Annual administration and progress report of the Indian Medical Department, Bombay
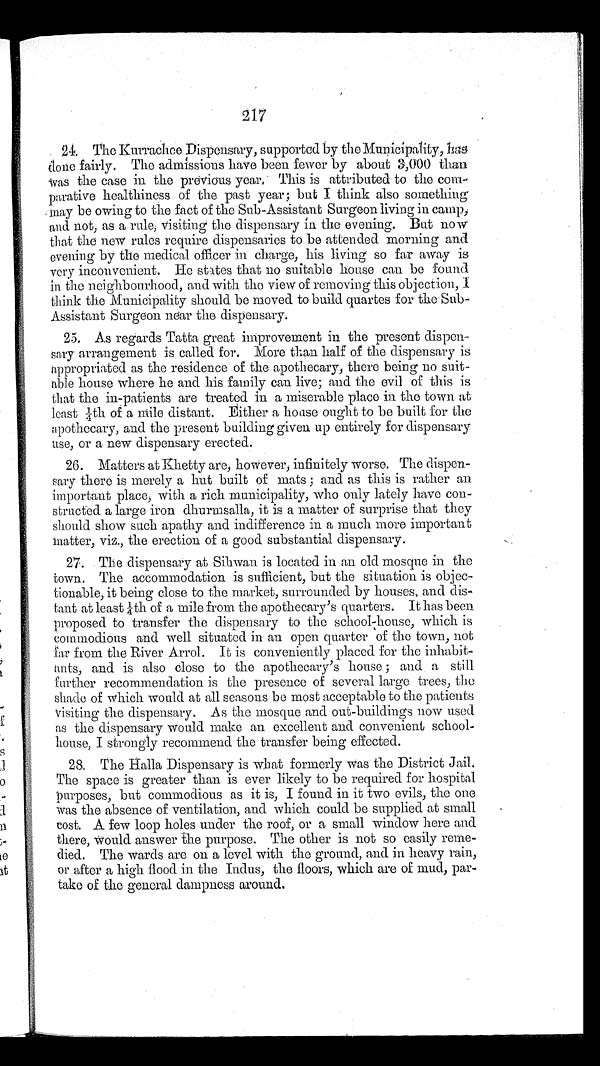
217
24. The Kurrachee Dispensary, supported by the Municipality, has
done fairly. The admissions have been fewer by about 3,000 than
was the case in the previous year. This is attributed to the com--
parative healthiness of the past year ; but I think also something
may be owing to the fact of the Sub-Assistant Surgeon living in camp,
and not, as a rule, visiting the dispensary in the evening. But now
that the new rules require dispensaries to be attended morning and
evening by the medical officer in charge, his living so far away is
very inconvenient. He states that no suitable house can be found
in the neighbourhood, and with the view of removing this objection,
I think the Municipality should be moved to build quartes for the Sub
-Assistant Surgeon near the dispensary.
25. As regards Tatta great improvement in the present dispen--
sary arrangement is called for. More than half of the dispensary is
appropriated as the residence of the apothecary, there being no suit--
able house where he and his family can live ; and the evil of this is
that the in-patients are treated in a miserable place in the town at
least 1/4th of a mile distant. Either a house ought to be built for the
apothecary, and the present building given up entirely for dispensary
use, or a new dispensary erected.
26. Matters at Khetty are, however, infinitely worse. The dispen--
sary there is merely a hut built of mats ; and as this is rather an
important place, with a rich municipality, who only lately have con--
structed a large iron dhurmsalla, it is a matter of surprise that they
should show such apathy and indifference in a much more important
matter, viz., the erection of a good substantial dispensary.
27. The dispensary at Sihwan is located in an old mosque in the
town. The accommodation is sufficient, but the situation is objec--
tionable, it being close to the market, surrounded by houses, and dis--
tant at least 1/4th of a mile from the apothecary's quarters. It has been
proposed to transfer the dispensary to the school-house, which is
commodious and well situated in an open quarter of the town, not
far from the River Arrol. It is conveniently placed for the inhabit
-ants, and is also close to the apothecary's house ; and a still
further recommendation is the presence of several large trees, the
shade of which would at all seasons be most acceptable to the patients
visiting the dispensary. As the mosque and out-buildings now used
as the dispensary would make an excellent and convenient school--
house, I strongly recommend the transfer being effected.
28. The Halla Dispensary is what formerly was the District Jail.
The space is greater than is ever likely to be required for hospital
purposes, but commodious as it is, I found in it two evils, the one
was the absence of ventilation, and which could be supplied at small
cost. A few loop holes under the roof, or a small window here and
there, Would answer the purpose. The other is not so easily reme-
-died. The wards are on a level with the ground, and in heavy rain,
or after a high flood in the Indus, the floors, which are of mud, par--
take of the general dampness around.